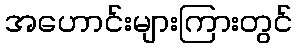
အဟောင်းများကြားတွင်